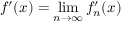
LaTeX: f ^ { \prime } ( x ) = \operatorname* { l i m } _ { n \to \infty } f _ { n } ^ { \prime } ( x )